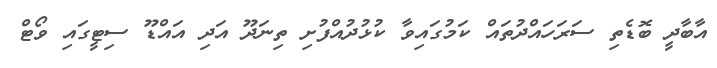
އާބާދީ ބޮޑެތި ސަރަހައްދުތައް ކަމުގައިވާ ކުޅުދުއްފުށި ތިނަދޫ އަދި އައްޑޫ ސިޓީގައި ވޯޓް